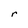
Character: r